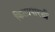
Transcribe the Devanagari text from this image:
किलापारडी